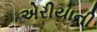
એરીયાની